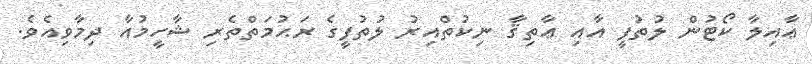
ޢާއިލާ ކޯޓުން ލުތުފީ އާއި ޢާތިޤާ ނިކުތްއިރު ލުތުފީގެ ރަޙުމަތްތެރި ޝާހީމުއާ ދިމާވިއެވެ.